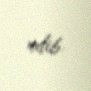
edib.